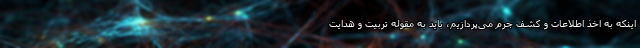
اینکه به اخذ اطلاعات و کشف جرم می‌پردازیم، باید به مقوله تربیت و هدایت